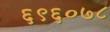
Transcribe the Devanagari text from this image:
६९६०७८